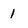
Character: 1